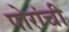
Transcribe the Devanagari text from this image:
पोरांची